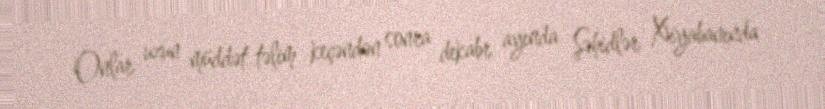
Onlar uzun müddət təlim keçəndən sonra dekabr ayında Şəhidlər Xiyabanında